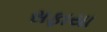
સફાયા